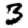
Digit: 3